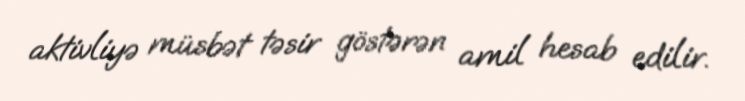
aktivliyə müsbət təsir göstərən amil hesab edilir.